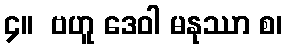
၄။  ဗဟူ ဒေဝါ မနုဿာ စ၊